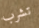
تشرب